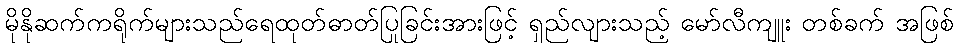
မိုနိုဆက်ကရိုက်များသည်ရေထုတ်ဓာတ်ပြုခြင်းအားဖြင့် ရှည်လျားသည့် မော်လီကျူး တစ်ခက် အဖြစ်